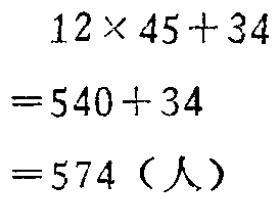
\[

\begin{align*}

&12\times45 + 34\\

=&540+34\\

=&574（人）

\end{align*}

\]